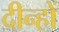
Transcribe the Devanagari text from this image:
दीन्हों